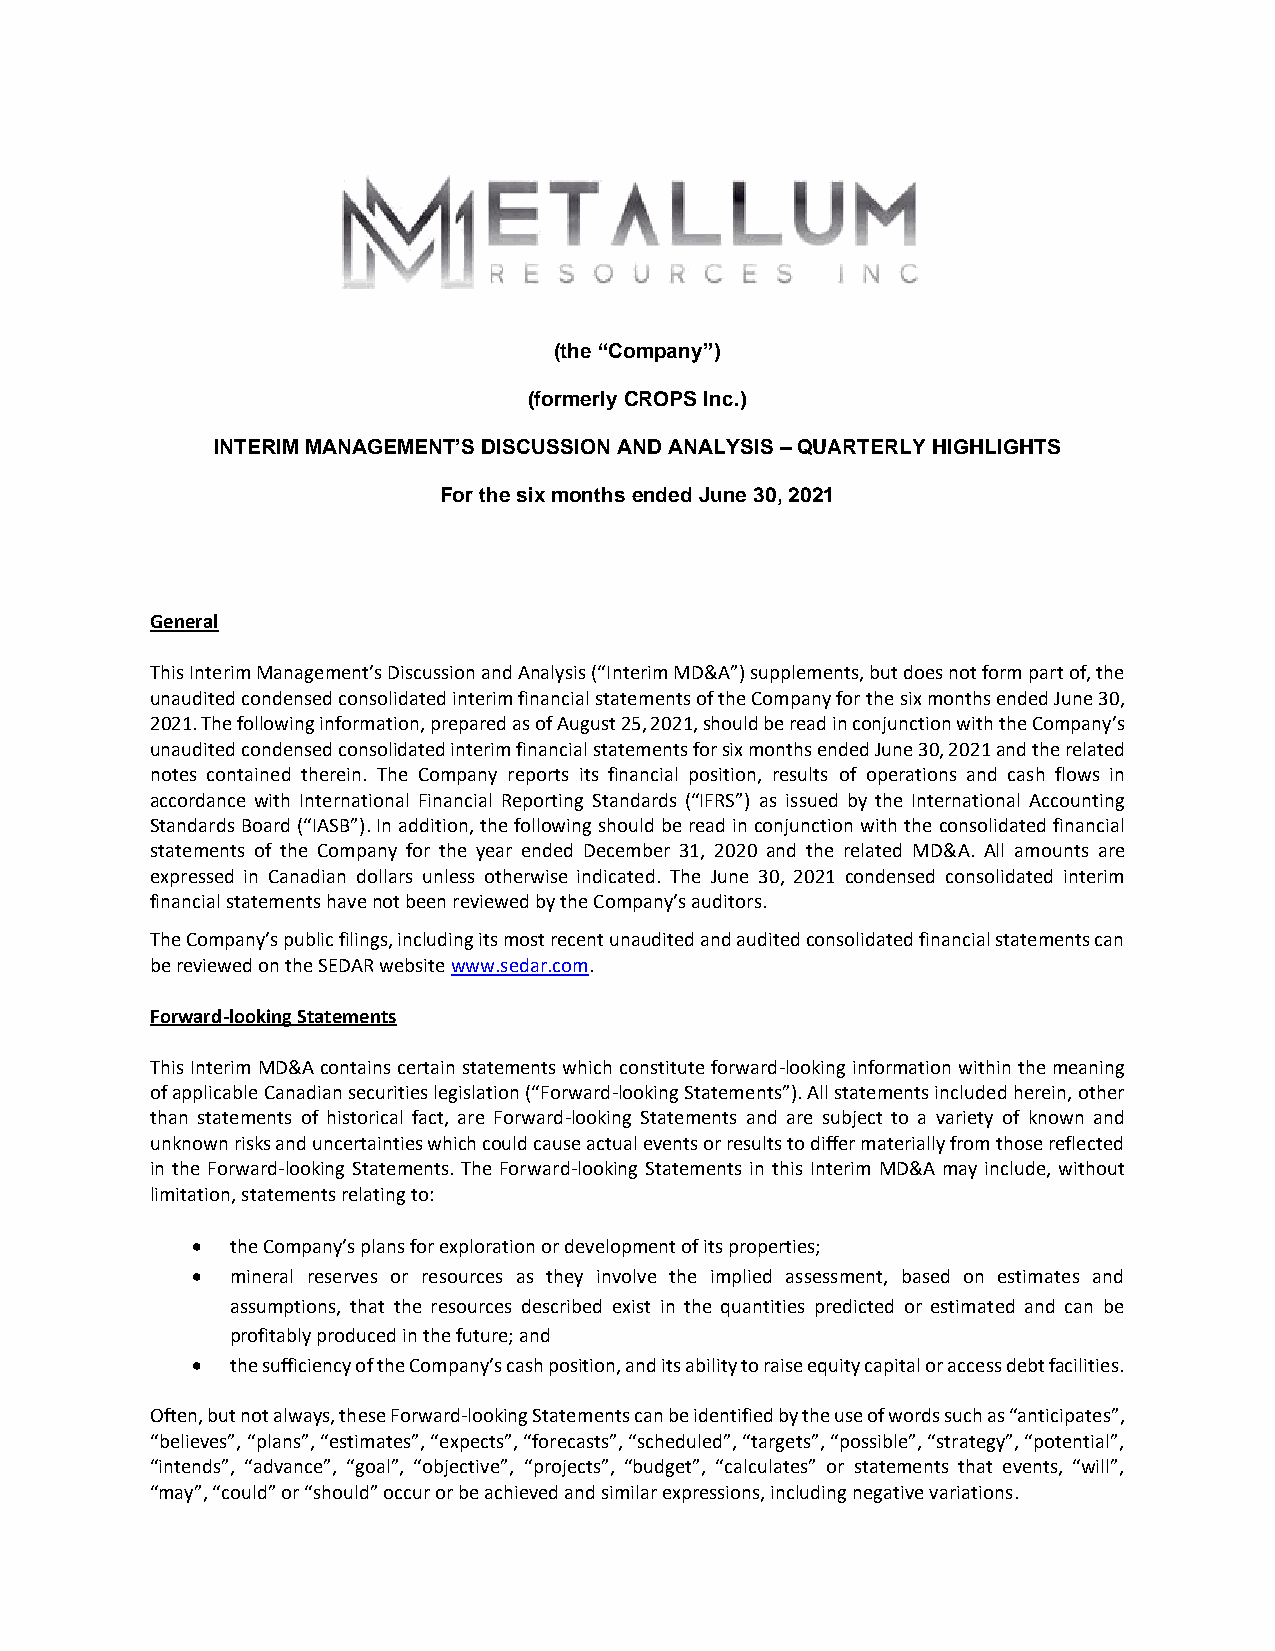
(the “Company”)
 (formerly CROPS Inc.)
 INTERIM MANAGEMENT’S DISCUSSION AND ANALYSIS – QUARTERLY HIGHLIGHTS
 For the six months ended June 30, 2021
 General
 This Interim Management’s Discussion and Analysis (“Interim MD&A”) supplements, but does not form part of, the
 unaudited condensed consolidated interim financial statements of the Company for the six months ended June 30,
 2021. The following information, prepared as of August 25, 2021, should be read in conjunction with the Company’s
 unaudited condensed consolidated interim financial statements for six months ended June 30, 2021 and the related
 notes contained therein. The Company reports its financial position, results of operations and cash flows in
 accordance with International Financial Reporting Standards (“IFRS”) as issued by the International Accounting
 Standards Board (“IASB”). In addition, the following should be read in conjunction with the consolidated financial
 statements of the Company for the year ended December 31, 2020 and the related MD&A. All amounts are
 expressed in Canadian dollars unless otherwise indicated. The June 30, 2021 condensed consolidated interim
 financial statements have not been reviewed by the Company’s auditors.
 The Company’s public filings, including its most recent unaudited and audited consolidated financial statements can
 be reviewed on the SEDAR website www.sedar.com.
 Forward-looking Statements
 This Interim MD&A contains certain statements which constitute forward-looking information within the meaning
 of applicable Canadian securities legislation (“Forward-looking Statements”). All statements included herein, other
 than statements of historical fact, are Forward-looking Statements and are subject to a variety of known and
 unknown risks and uncertainties which could cause actual events or results to differ materially from those reflected
 in the Forward-looking Statements. The Forward-looking Statements in this Interim MD&A may include, without
 limitation, statements relating to:
 • the Company’s plans for exploration or development of its properties;
 • mineral reserves or resources as they involve the implied assessment, based on estimates and
 assumptions, that the resources described exist in the quantities predicted or estimated and can be
 profitably produced in the future; and
 • the sufficiency of the Company’s cash position, and its ability to raise equity capital or access debt facilities.
 Often, but not always, these Forward-looking Statements can be identified by the use of words such as “anticipates”,
 “believes”, “plans”, “estimates”, “expects”, “forecasts”, “scheduled”, “targets”, “possible”, “strategy”, “potential”,
 “intends”, “advance”, “goal”, “objective”, “projects”, “budget”, “calculates” or statements that events, “will”,
 “may”, “could” or “should” occur or be achieved and similar expressions, including negative variations.